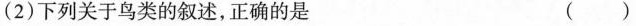
( 2 ) 下列关于鸟类的叙述，正确的是 ( )